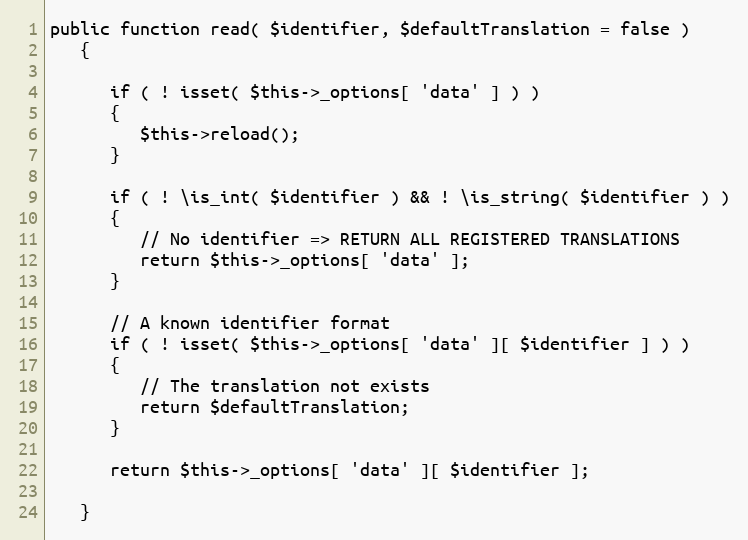
Language: PHP
public function read( $identifier, $defaultTranslation = false )
   {

      if ( ! isset( $this->_options[ 'data' ] ) )
      {
         $this->reload();
      }

      if ( ! \is_int( $identifier ) && ! \is_string( $identifier ) )
      {
         // No identifier => RETURN ALL REGISTERED TRANSLATIONS
         return $this->_options[ 'data' ];
      }

      // A known identifier format
      if ( ! isset( $this->_options[ 'data' ][ $identifier ] ) )
      {
         // The translation not exists
         return $defaultTranslation;
      }

      return $this->_options[ 'data' ][ $identifier ];

   }